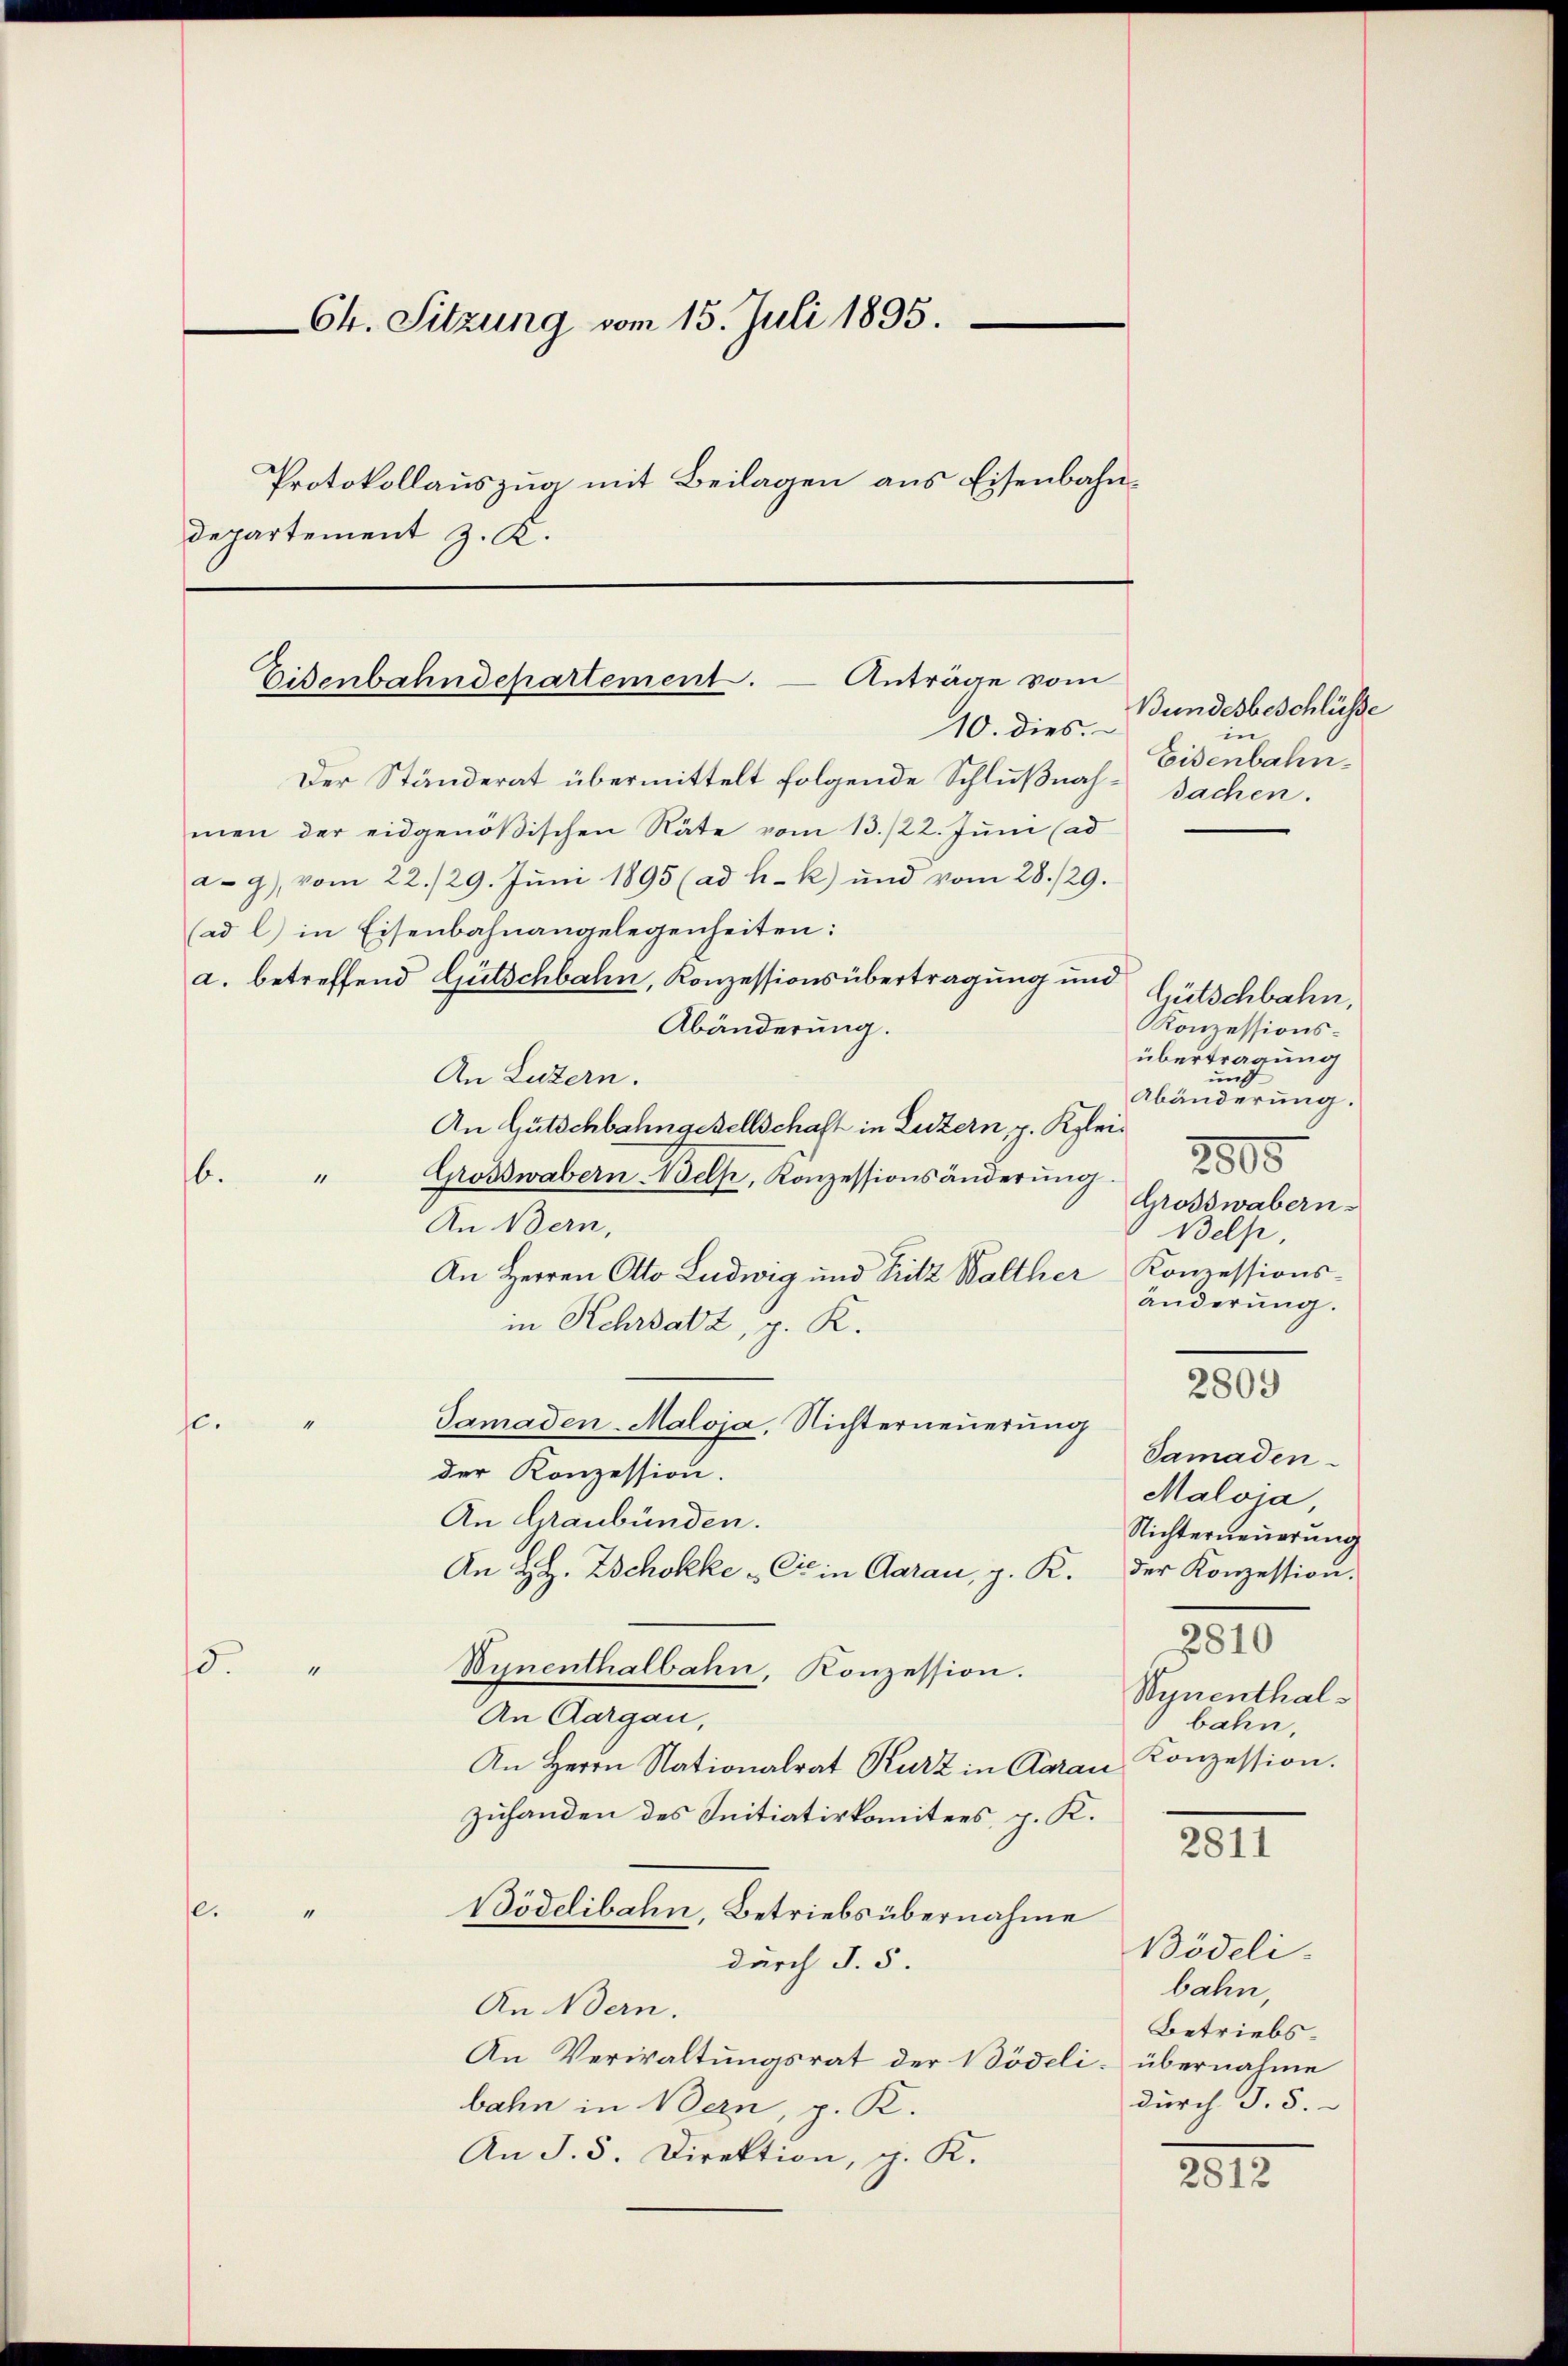
Ch. Sitzung vom 15. Juli 1895.
Protokollauszug mit Beilagen aus Eisenbahndepartement z. K.

10. dies.
Der Ständerat übermittelt folgende Schlußnahe Sachen.
men der eidgenößischen Räte vom 13./22. Jŭni (ad
a- 9) vom 22./29. Jŭni 1895 (ad h. k) und vom 28./29.
(ad l) in Eisenbahnangelegenheiten:
a. betreffend Gütschbahn, Konzessionsübertragung und Gütschbahn,
Abänderung.
An Luzern.
An Gutschbahngesellschaft in Luzern, p. Kleib.
Grosswabern Belp, Konzessionsänderung.
11
An Bern,
An Herren Otto Ludwig und Fritz Walther Konzessions-
in Kehrsatz, p. K.
Gamaden-Maloja, Nichterneuerung
1
c.
der Konzession.
An Graubünden.
An H.H. Zschokke - Er in Aarau, p. K. der Konzession.
15.
Vynenthalbahn, Konzession.
“
An Aargau,
An Herrn Nationalrat Kurz in Aarau
zuhanden des Initiativkomitees, p. K.
2811
e
11
Bödelibahn, Betriebsübernahme
Bödeli
durch §. 5.
bahn,
An Bern.
Betriebs¬
An Verwaltungsrat der Bödeli- übernahme
durch §. 5.
bahn in Bern, p. K.
An J. 5. Direktion, p. K.
2012

Eisenbahndepartement. — Anträge vom

Bundesbeschlüsse
in
Eisenbahn.

3810
Wynenthals
bahn.
Konzession.

Konzessions-
übertragung
und
Abänderung.
2800
Grosswabern-
Belp,
änderung.
2809
Samaden-
Maloja
Nichterneuerung